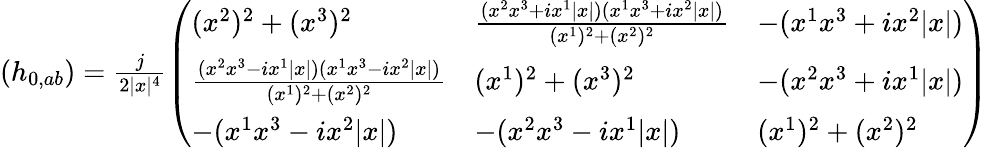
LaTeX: \begin{array}{r}{(h_{0,ab})=\frac{j}{2\vert x\vert^{4}}\left(\begin{array}{lll}{(x^{2})^{2}+(x^{3})^{2}}&{\frac{(x^{2}x^{3}+ix^{1}\vert x\vert)(x^{1}x^{3}+ix^{2}\vert x\vert)}{(x^{1})^{2}+(x^{2})^{2}}}&{-(x^{1}x^{3}+ix^{2}\vert x\vert)}\\ {\frac{(x^{2}x^{3}-ix^{1}\vert x\vert)(x^{1}x^{3}-ix^{2}\vert x\vert)}{(x^{1})^{2}+(x^{2})^{2}}}&{(x^{1})^{2}+(x^{3})^{2}}&{-(x^{2}x^{3}+ix^{1}\vert x\vert)}\\ {-(x^{1}x^{3}-ix^{2}\vert x\vert)}&{-(x^{2}x^{3}-ix^{1}\vert x\vert)}&{(x^{1})^{2}+(x^{2})^{2}}\end{array}\right)}\end{array}